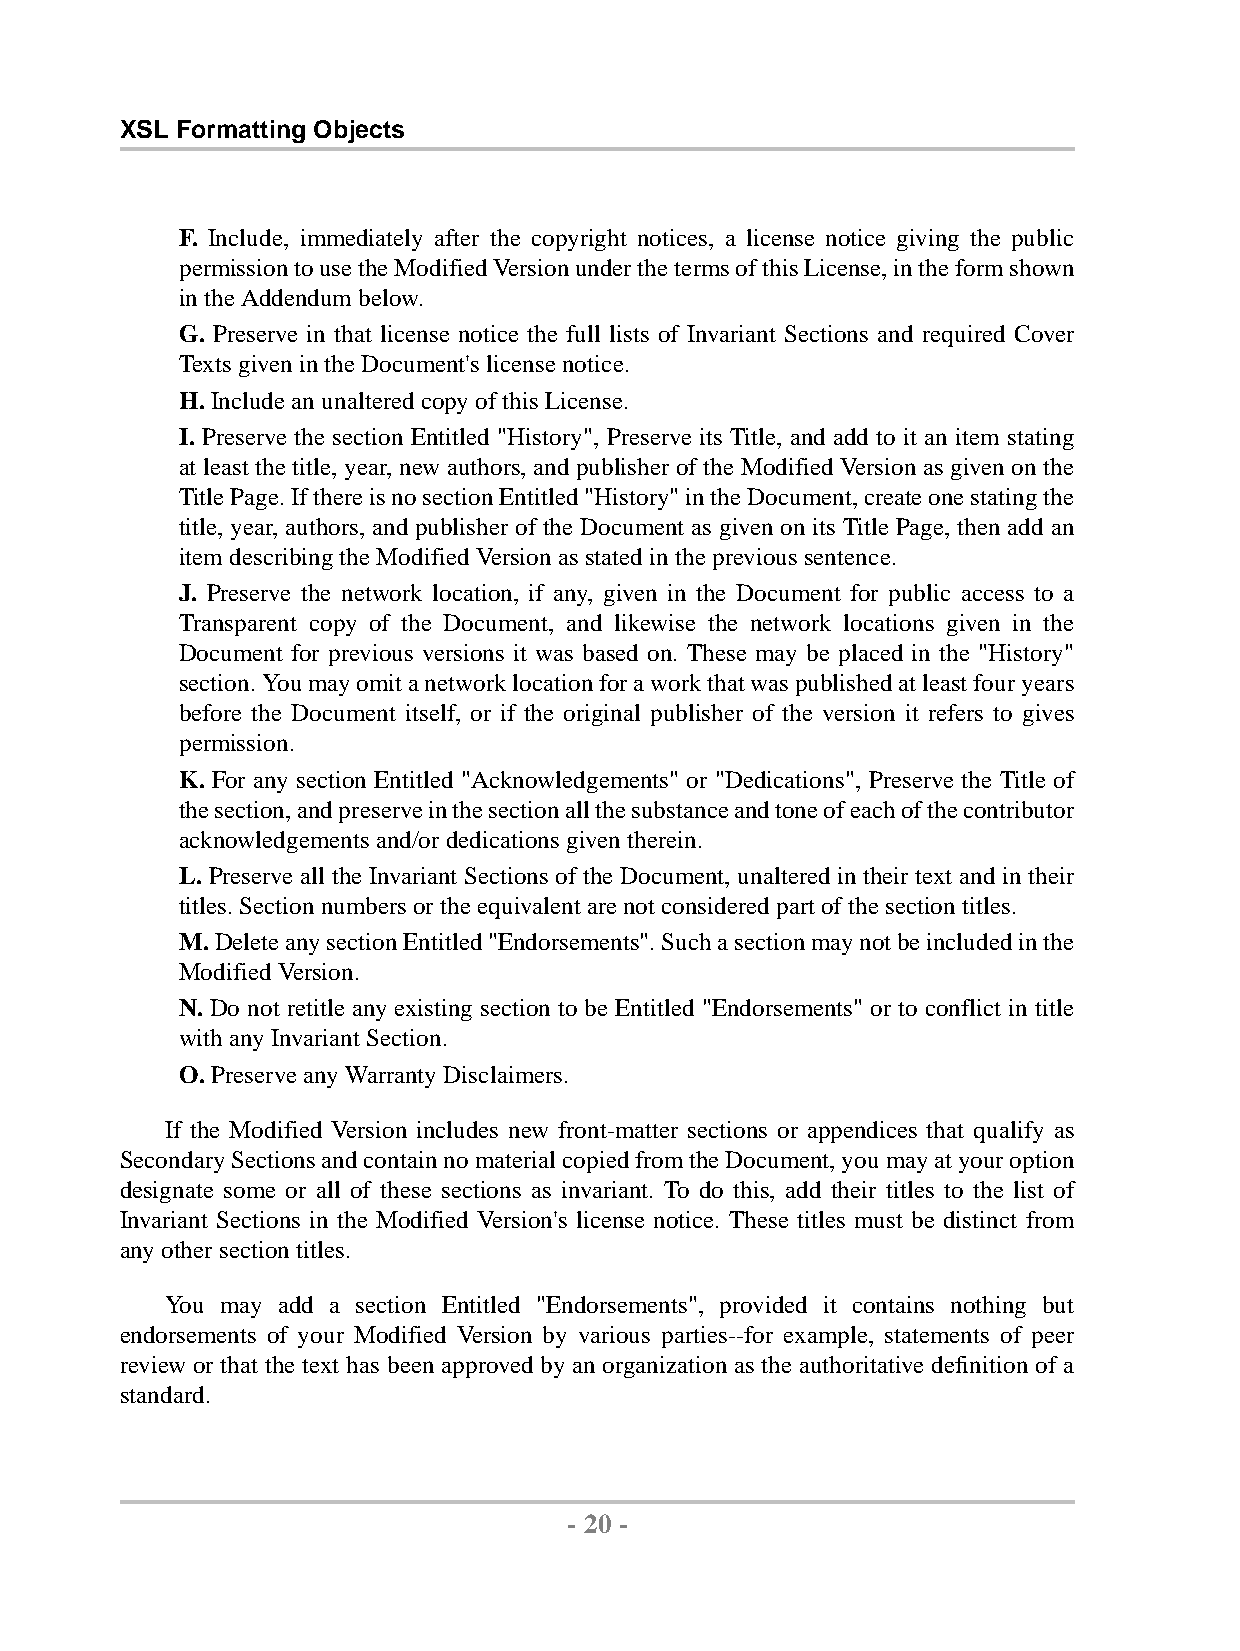
XSL Formatting Objects
 F. Include, immediately after the copyright notices, a license notice giving the public
 permissiontousetheModifiedVersionunderthetermsofthisLicense,intheformshown
 intheAddendumbelow.
 G. Preserve in that license notice the full lists of Invariant Sections and required Cover
 TextsgivenintheDocument'slicense notice.
 H. Includeanunalteredcopyof thisLicense.
 I. Preserve the section Entitled "History", Preserve its Title, and add to it an item stating
 at least the title, year, new authors, and publisher of the Modified Version as given on the
 TitlePage.IfthereisnosectionEntitled"History"intheDocument,createonestatingthe
 title, year, authors, and publisher of the Document as given on its Title Page, then add an
 itemdescribingtheModifiedVersionasstatedintheprevioussentence.
 J. Preserve the network location, if any, given in the Document for public access to a
 Transparent copy of the Document, and likewise the network locations given in the
 Document for previous versions it was based on. These may be placed in the "History"
 section.Youmayomitanetworklocationforaworkthatwaspublishedatleastfouryears
 before the Document itself, or if the original publisher of the version it refers to gives
 permission.
 K. For any section Entitled "Acknowledgements" or "Dedications", Preserve the Title of
 thesection,andpreserveinthesectionallthesubstanceandtoneofeachofthecontributor
 acknowledgementsand/ordedicationsgiventherein.
 L. Preserve all the Invariant Sections of the Document, unaltered in their text and in their
 titles.Sectionnumbersortheequivalentarenotconsideredpartofthesection titles.
 M.DeleteanysectionEntitled"Endorsements".Suchasectionmaynotbeincludedinthe
 ModifiedVersion.
 N. Do not retitle any existing section to be Entitled "Endorsements" or to conflict in title
 withanyInvariantSection.
 O. PreserveanyWarrantyDisclaimers.
 If the Modified Version includes new front-matter sections or appendices that qualify as
 SecondarySectionsandcontainnomaterialcopiedfromtheDocument,youmayatyouroption
 designate some or all of these sections as invariant. To do this, add their titles to the list of
 Invariant Sections in the Modified Version's license notice. These titles must be distinct from
 anyother sectiontitles.
 You may add a section Entitled "Endorsements", provided it contains nothing but
 endorsements of your Modified Version by various parties--for example, statements of peer
 review or that the text has been approved by an organization as the authoritative definition of a
 standard.
 - 20 -
 by,XMLtoPDFXSL-FOFormatter